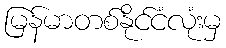
မြန်မာတစ်နိုင်ငံလုံးမှ